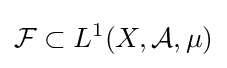
{\mathcal {F}}\subset L^{1}(X,{\mathcal {A}},\mu )